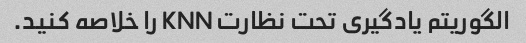
الگوریتم یادگیری تحت نظارت KNN را خلاصه کنید.